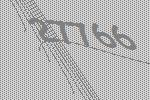
27766